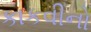
કાકવીનો